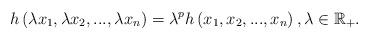
LaTeX: \begin{align*}h\left( \lambda x_{1},\lambda x_{2},...,\lambda x_{n}\right) =\lambda^{p}h\left( x_{1},x_{2},...,x_{n}\right) ,\lambda \in \mathbb{R}_{+}. \end{align*}